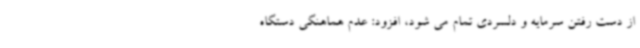
از دست رفتن سرمایه و دلسردی تمام می شود، افزود: عدم هماهنگی دستگاه